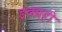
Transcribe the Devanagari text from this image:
इच्छाही